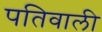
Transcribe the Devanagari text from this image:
पतिवाली